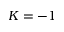
K = - 1